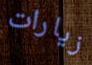
زيارات